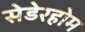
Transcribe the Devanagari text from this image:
सेडेरहोम